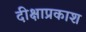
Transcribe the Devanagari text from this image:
दीक्षाप्रकाश